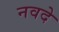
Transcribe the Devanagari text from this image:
नवदे